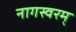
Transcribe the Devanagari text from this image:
नागस्वरम्